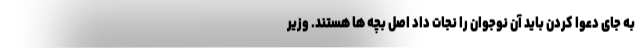
به جای دعوا کردن باید آن نوجوان را نجات داد اصل بچه ها هستند. وزیر